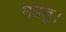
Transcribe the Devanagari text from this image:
महतु।